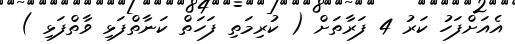
އެއަށްފަހު ކަރު 4 ފަރާތަށް ( ކުރިމަތި ފަހަތް ކަނާތްފަޅި ވާތްފަޅި )